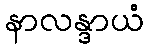
နာလန္ဒာယံ